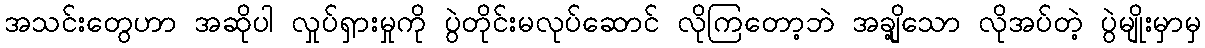
အသင်းတွေဟာ အဆိုပါ လှုပ်ရှားမှုကို ပွဲတိုင်းမလုပ်ဆောင် လိုကြတော့ဘဲ အချို့သော လိုအပ်တဲ့ ပွဲမျိုးမှာမှ